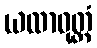
ယထာဝုတ္တံ